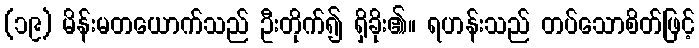
(၁၉) မိန်းမတယောက်သည် ဦးတိုက်၍ ရှိခိုး၏။ ရဟန်းသည် တပ်သောစိတ်ဖြင့်